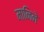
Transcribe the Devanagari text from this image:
मानिने